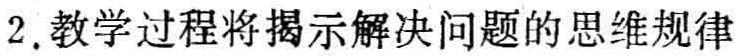
2. 教学过程将揭示解决问题的思维规律